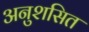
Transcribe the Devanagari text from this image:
अनुशसित